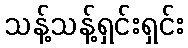
သန့်သန့်ရှင်းရှင်း